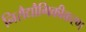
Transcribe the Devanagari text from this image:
निरौद्यौगिकीकरण